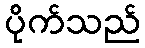
ပိုက်သည်